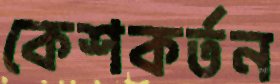
কেশকর্তন